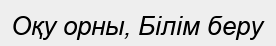
Оқу орны, Білім беру